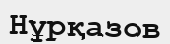
Нұрқазов